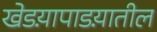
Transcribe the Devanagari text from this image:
खेडय़ापाडय़ातील